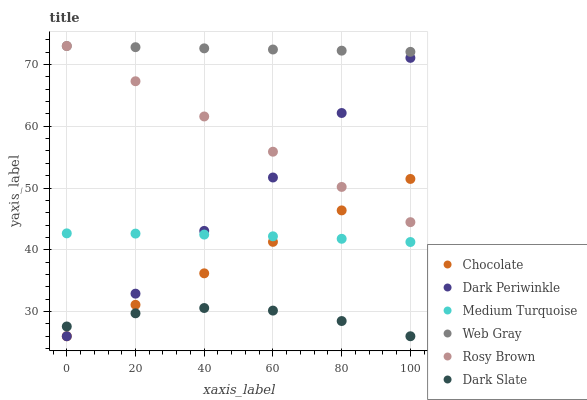
| xaxis_label | Chocolate | Dark Periwinkle | Medium Turquoise | Web Gray | Rosy Brown | Dark Slate |
 | --- | --- | --- | --- | --- | --- | --- |
 | 0 | 26 | 26 | 42.7 | 73 | 73 | 27.6 |
 | 20 | 31.1 | 32.9 | 42.6 | 72.8 | 67.3 | 29.7 |
 | 40 | 36.2 | 43.1 | 42.5 | 72.6 | 61.6 | 30.6 |
 | 60 | 41.3 | 51.7 | 42.2 | 72.4 | 55.9 | 30.2 |
 | 80 | 46.4 | 62.2 | 41.8 | 72.2 | 50.2 | 28.5 |
 | 100 | 51.5 | 71.1 | 41.3 | 72.1 | 44.5 | 26 |